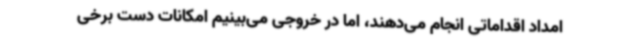
امداد اقداماتی انجام می‌دهند، اما در خروجی می‌بینیم امکانات دست برخی